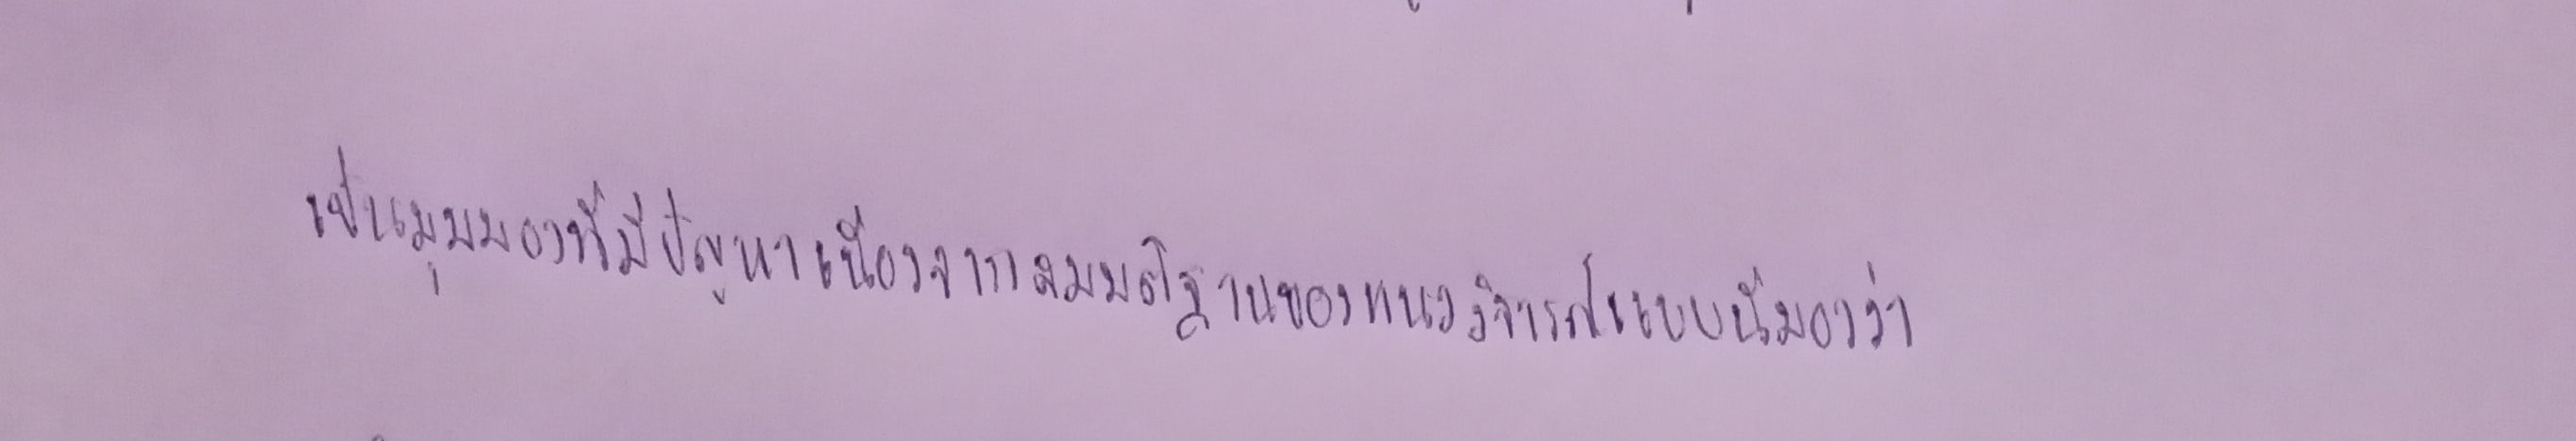
เป็นมุมมองที่มีปัญหาเนื่องจากสมมติฐานของแนววิจารณ์แบบนี้มองว่า